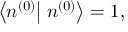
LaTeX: \left\langle n ^ { ( 0 ) } \right| \left. n ^ { ( 0 ) } \right\rangle = 1 ,